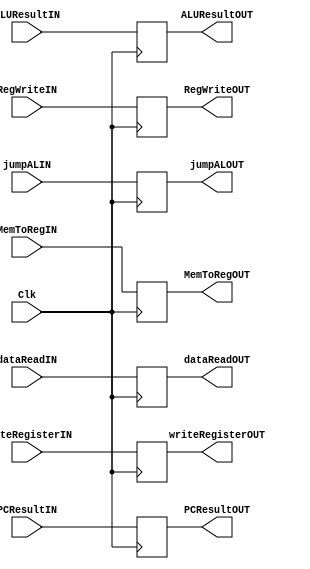
module MEM_WB(ALUResultIN, ALUResultOUT, dataReadIN, dataReadOUT, writeRegisterIN, writeRegisterOUT, PCResultIN, PCResultOUT,
RegWriteIN, MemToRegIN, jumpALIN, 
RegWriteOUT, MemToRegOUT, jumpALOUT, Clk);

input Clk;
input [31:0] ALUResultIN, dataReadIN, PCResultIN;
input [4:0] writeRegisterIN;
output reg [4:0] writeRegisterOUT;
output reg [31:0] ALUResultOUT, dataReadOUT, PCResultOUT;

  // controller inputs
  input RegWriteIN, jumpALIN, MemToRegIN;

  // controller outputs
  output reg RegWriteOUT, jumpALOUT, MemToRegOUT;

always@(posedge Clk) begin
ALUResultOUT <= ALUResultIN;
dataReadOUT <= dataReadIN;
writeRegisterOUT <= writeRegisterIN;
PCResultOUT <= PCResultIN;

RegWriteOUT <= RegWriteIN;
jumpALOUT <= jumpALIN;
MemToRegOUT <= MemToRegIN;
end
endmodule